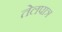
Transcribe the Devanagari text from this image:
तेलपात्र